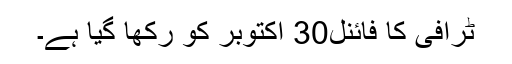
ٹرافی کا فائنل30 اکتوبر کو رکھا گیا ہے۔